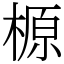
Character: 榞